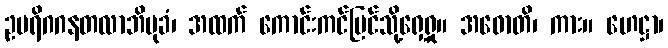
ဥပရိဂဂနတလာဘိမုခံ၊ အထက် ကောင်းကင်ပြင်သို့ရှေ့ရှု။ အဓောတိ၊ ကား။ ဟေဋ္ဌာ၊